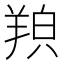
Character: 𦎊